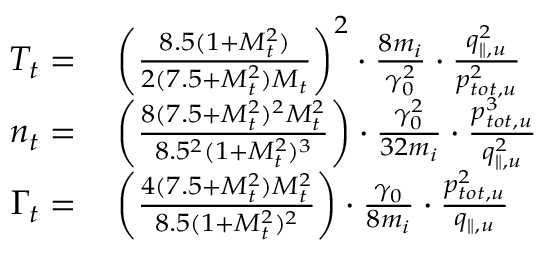
\begin{array} { r l } { T _ { t } = } & { { } \left( \frac { 8 . 5 ( 1 + M _ { t } ^ { 2 } ) } { 2 ( 7 . 5 + M _ { t } ^ { 2 } ) M _ { t } } \right) ^ { 2 } \cdot \frac { 8 m _ { i } } { \gamma _ { 0 } ^ { 2 } } \cdot \frac { q _ { \parallel , u } ^ { 2 } } { p _ { t o t , u } ^ { 2 } } } \\ { n _ { t } = } & { { } \left( \frac { 8 ( 7 . 5 + M _ { t } ^ { 2 } ) ^ { 2 } M _ { t } ^ { 2 } } { 8 . 5 ^ { 2 } ( 1 + M _ { t } ^ { 2 } ) ^ { 3 } } \right) \cdot \frac { \gamma _ { 0 } ^ { 2 } } { 3 2 m _ { i } } \cdot \frac { p _ { t o t , u } ^ { 3 } } { q _ { \parallel , u } ^ { 2 } } } \\ { \Gamma _ { t } = } & { { } \left( \frac { 4 ( 7 . 5 + M _ { t } ^ { 2 } ) M _ { t } ^ { 2 } } { 8 . 5 ( 1 + M _ { t } ^ { 2 } ) ^ { 2 } } \right) \cdot \frac { \gamma _ { 0 } } { 8 m _ { i } } \cdot \frac { p _ { t o t , u } ^ { 2 } } { q _ { \parallel , u } } } \end{array}